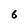
Character: 6